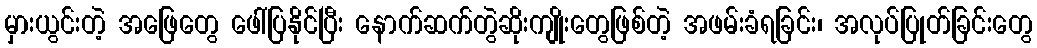
မှားယွင်းတဲ့ အဖြေတွေ ဖေါ်ပြနိုင်ပြီး နောက်ဆက်တွဲဆိုးကျိုးတွေဖြစ်တဲ့ အဖမ်းခံရခြင်း၊ အလုပ်ပြုတ်ခြင်းတွေ